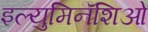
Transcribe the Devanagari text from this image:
इल्युमिनॅशिओ